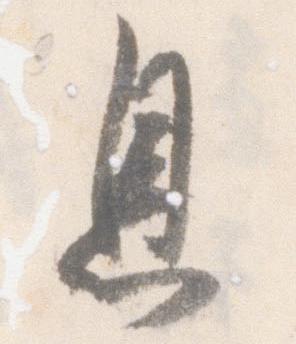
息